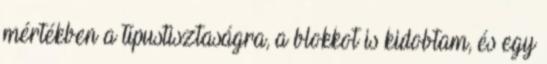
mértékben a típustisztaságra, a blokkot is kidobtam, és egy